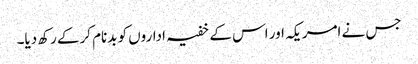
جس نے امریکہ اور اس کے خفیہ اداروں کو بدنام کرکے رکھ دیا۔